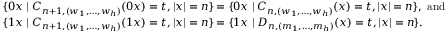
\begin{array} { r l } & { \{ 0 x \mid C _ { n + 1 , ( w _ { 1 } , \ldots , w _ { h } ) } ( 0 x ) = t , | x | = n \} = \{ 0 x \mid C _ { n , ( w _ { 1 } , \ldots , w _ { h } ) } ( x ) = t , | x | = n \} , \mathrm { ~ a n d } } \\ & { \{ 1 x \mid C _ { n + 1 , ( w _ { 1 } , \ldots , w _ { h } ) } ( 1 x ) = t , | x | = n \} = \{ 1 x \mid D _ { n , ( m _ { 1 } , \ldots , m _ { h } ) } ( x ) = t , | x | = n \} . } \end{array}